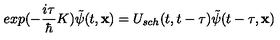
e x p ( - \frac { i \tau } { \hbar } K ) \tilde { \psi } ( t , { \bf x } ) = U _ { s c h } ( t , t - \tau ) \tilde { \psi } ( t - \tau , { \bf x } )